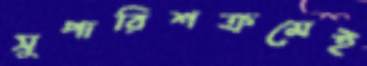
সুপারিশক্রমেই